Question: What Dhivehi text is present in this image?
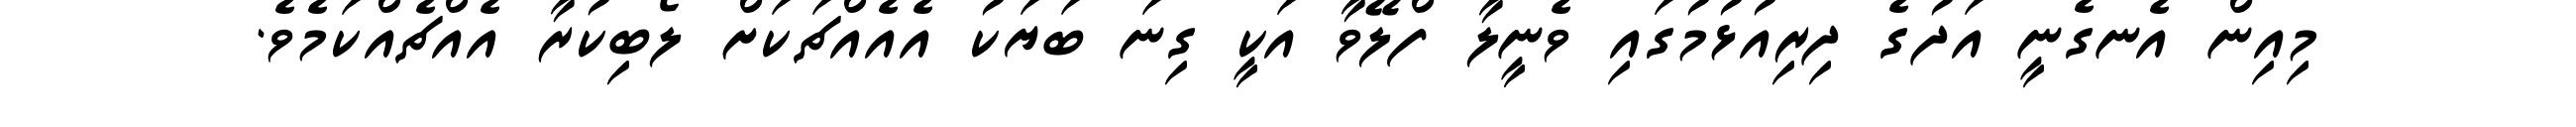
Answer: މިއިން އެނގެނީ އަދުގެ ދިރިއުޅުމުގައި ވެނީލާ ފްލޭވާ އަކީ ގިނަ ބަޔަކު އެއެއްޗަކަށް ލޯބިކުރާ އެއްޗެއްކަމެވެ.